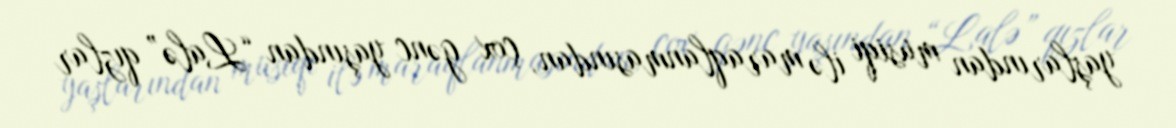
yaşlarından musiqi ilə maraqlanmasından, çox gənc yaşından “Lalə” qızlar